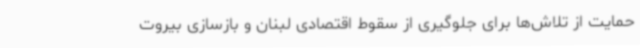
حمایت از تلاش‌ها برای جلوگیری از سقوط اقتصادی لبنان و بازسازی بیروت